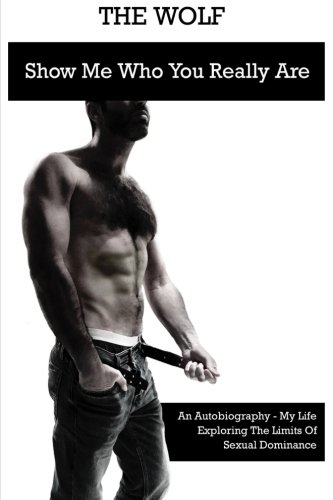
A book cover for The Wolf: Show Me Who You Really Are: An Autobiography - My Life Exploring The Limits Of Sexual Dominance; The Wolf; Romance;